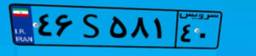
۴۶S۵۸۱۴۰